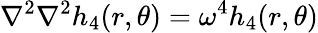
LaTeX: \nabla^{2}\nabla^{2}h_{4}(r,\theta)=\omega^{4}h_{4}(r,\theta)